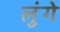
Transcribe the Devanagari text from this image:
लुंगे